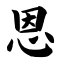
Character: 恩